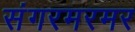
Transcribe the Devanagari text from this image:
संगरमरमर